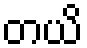
တယိ